system: You are a helpful assistant.
user:
Analyze the provided spectrum to determine if it is a **"Cataclysmic Variables (CV)"**.

- **Key Indicators for CV (Check for either state):**
    - **State 1: Quiescent / Low-State (Emission-Dominated)**
        - **(Primary):** Strong and *very broad* Hydrogen Balmer emission lines (e.g., $H\alpha$ at 6563 Å, $H\beta$ at 4861 Å). The 'broadness' (high velocity dispersion, often FWHM > 1000 km/s) is the key diagnostic, indicating a high-velocity accretion disk.
        - **(Secondary):** Broad neutral Helium (He I) emission lines (e.g., 5876 Å, 6678 Å).
        - **(Key Confirmation):** Presence of high-excitation *ionized* Helium (He II) emission at 4686 Å. This is a strong indicator of accretion onto a white dwarf.
        - **(Line Profile):** Emission lines may exhibit a 'double-peaked' profile, which is a classic signature of a rotating accretion disk viewed at high inclination.

    - **State 2: Outburst / High-State (Absorption-Dominated)**
        - **(Primary):** Spectrum is dominated by a bright, blue continuum (looks like a hot star).
        - **(Secondary):** The emission lines from State 1 are weak, absent, or 'filled in', and are replaced by broad, shallow *absorption* lines (primarily Balmer and He I).
        - **(Morphology):** The overall spectrum mimics a hot B/A-type star. The crucial difference is that the absorption lines are significantly broader, shallower, and more 'washed-out' (or 'smeared') than the sharp lines of a normal stellar photosphere, due to high rotational speeds and pressure broadening in the disk.

Think first, call **spectral_visualization_tool** if needed to examine features in detail, then provide your final answer. Your response must adhere to the following strict rules:
1.  **Overall Structure:** Your response must follow the format `<think>...</think> <tool_call>...</tool_call> (if a tool is used) <answer>...</answer>`.
2.  **Tool Usage Constraint:** You may only make **one** tool call per turn.
3.  **Final Answer Format:** In the `<answer>` tag, your conclusion must be inside a `\boxed{}` command (e.g., `\boxed{YES}`), followed by your justification.

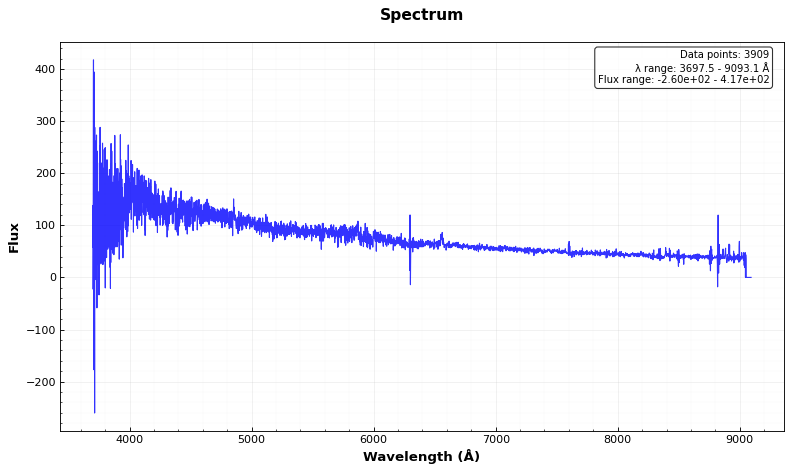
Answer: YES